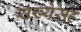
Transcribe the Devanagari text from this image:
संख्येसह